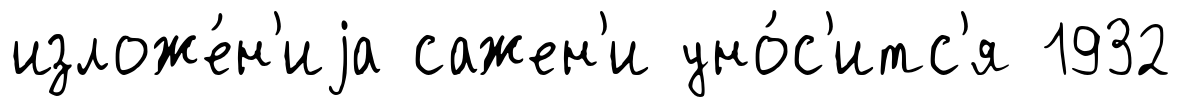
изложе́н'иjа сажен'и уно́с'итс'я 1932